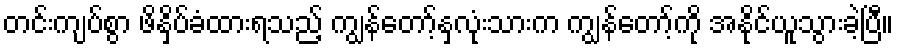
တင်းကျပ်စွာ ဖိနှိပ်ခံထားရသည့် ကျွန်တော့်နှလုံးသားက ကျွန်တော့်ကို အနိုင်ယူသွားခဲ့ပြီ။